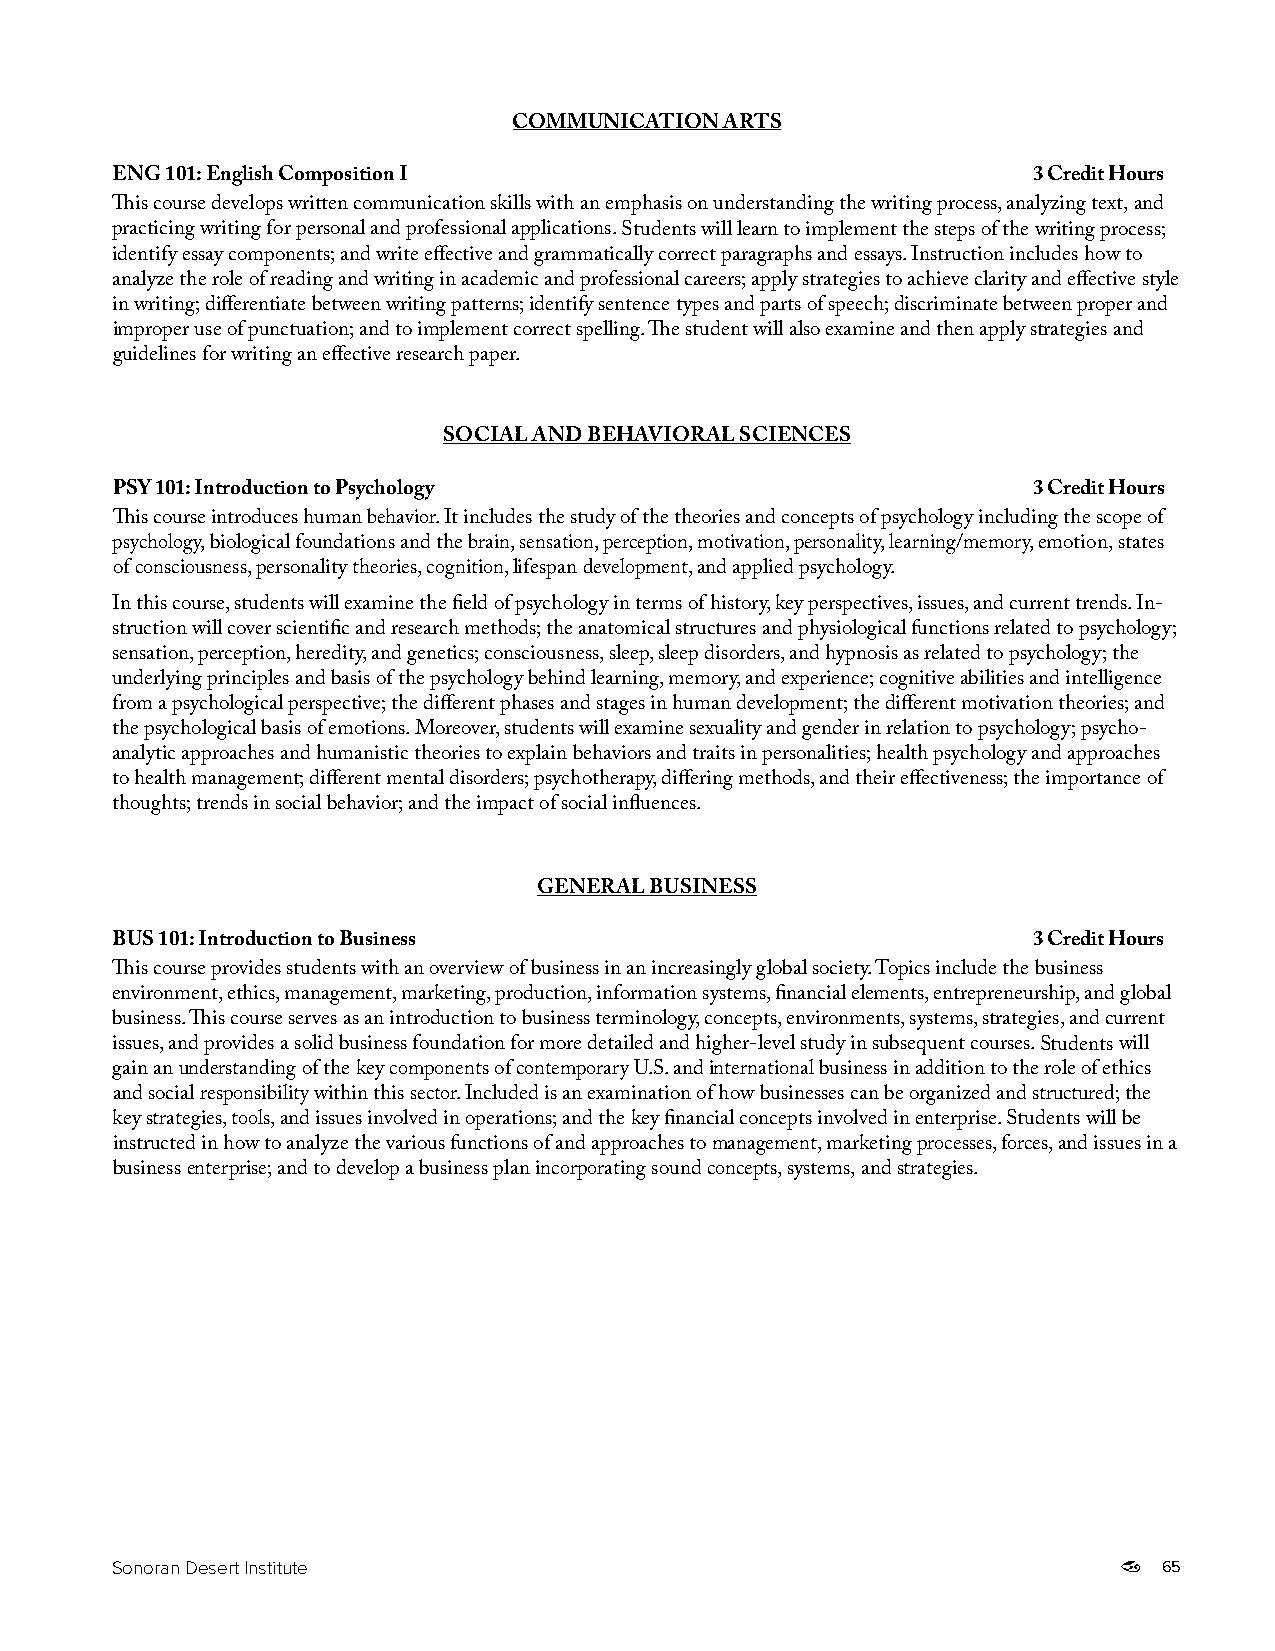
COMMUNICATION ARTS
 ENG 101: English Composition I                               3 Credit Hours
 This course develops written communication skills with an emphasis on understanding the writing process, analyzing text, and
 practicing writing for personal and professional applications. Students will learn to implement the steps of the writing process;
 identify essay components; and write effective and grammatically correct paragraphs and essays. Instruction includes how to
 analyze the role of reading and writing in academic and professional careers; apply strategies to achieve clarity and effective style
 in writing; differentiate between writing patterns; identify sentence types and parts of speech; discriminate between proper and
 improper use of punctuation; and to implement correct spelling. The student will also examine and then apply strategies and
 guidelines for writing an effective research paper.
 SOCIAL AND BEHAVIORAL SCIENCES
 PSY 101: Introduction to Psychology                          3 Credit Hours
 This course introduces human behavior. It includes the study of the theories and concepts of psychology including the scope of
 psychology, biological foundations and the brain, sensation, perception, motivation, personality, learning/memory, emotion, states
 of consciousness, personality theories, cognition, lifespan development, and applied psychology.
 In this course, students will examine the field of psychology in terms of history, key perspectives, issues, and current trends. In-
 struction will cover scientific and research methods; the anatomical structures and physiological functions related to psychology;
 sensation, perception, heredity, and genetics; consciousness, sleep, sleep disorders, and hypnosis as related to psychology; the
 underlying principles and basis of the psychology behind learning, memory, and experience; cognitive abilities and intelligence
 from a psychological perspective; the different phases and stages in human development; the different motivation theories; and
 the psychological basis of emotions. Moreover, students will examine sexuality and gender in relation to psychology; psycho-
 analytic approaches and humanistic theories to explain behaviors and traits in personalities; health psychology and approaches
 to health management; different mental disorders; psychotherapy, differing methods, and their effectiveness; the importance of
 thoughts; trends in social behavior; and the impact of social influences.
 GENERAL BUSINESS
 BUS 101: Introduction to Business                            3 Credit Hours
 This course provides students with an overview of business in an increasingly global society. Topics include the business
 environment, ethics, management, marketing, production, information systems, financial elements, entrepreneurship, and global
 business. This course serves as an introduction to business terminology, concepts, environments, systems, strategies, and current
 issues, and provides a solid business foundation for more detailed and higher-level study in subsequent courses. Students will
 gain an understanding of the key components of contemporary U.S. and international business in addition to the role of ethics
 and social responsibility within this sector. Included is an examination of how businesses can be organized and structured; the
 key strategies, tools, and issues involved in operations; and the key financial concepts involved in enterprise. Students will be
 instructed in how to analyze the various functions of and approaches to management, marketing processes, forces, and issues in a
 business enterprise; and to develop a business plan incorporating sound concepts, systems, and strategies.
 Sonoran Desert Institute                                              65